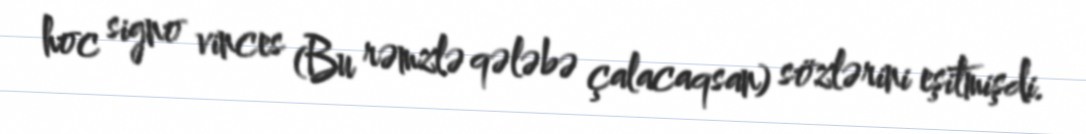
hoc signo vinces (Bu rəmzlə qələbə çalacaqsan) sözlərini eşitmişdi.